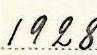
1928